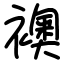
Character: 襖